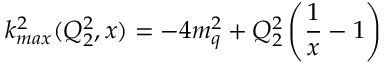
k _ { m a x } ^ { 2 } ( Q _ { 2 } ^ { 2 } , x ) = - 4 m _ { q } ^ { 2 } + Q _ { 2 } ^ { 2 } \left( { \frac { 1 } { x } } - 1 \right)